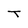
Character: T